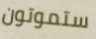
ستموتون